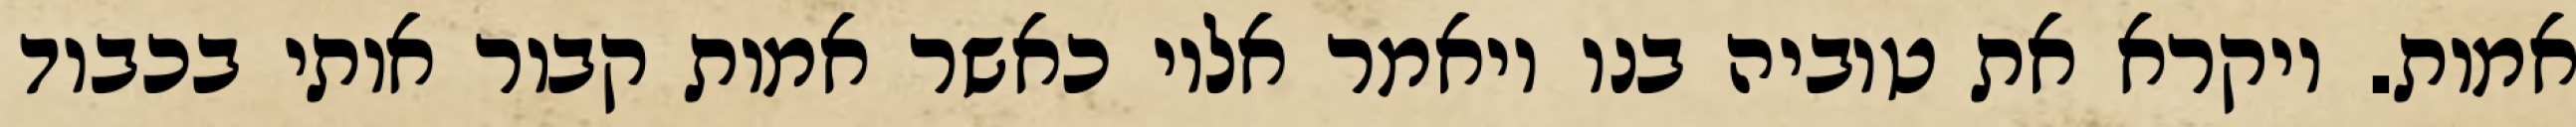
אמות. ויקרא את טוביה בנו ויאמר אליו כאשר אמות קבור אותי בכבוד